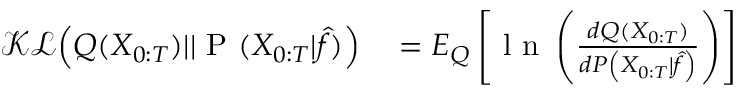
\begin{array} { r l } { \mathcal { K L } \Big ( Q ( X _ { 0 : T } ) | | \mathrm { ~ P ~ } ( X _ { 0 : T } | \hat { f } ) \Big ) } & { { } = E _ { { Q } } \left[ \mathrm { ~ l ~ n ~ } \left( \frac { d { Q } ( X _ { 0 : T } ) } { d { P } \left( X _ { 0 : T } \vert \hat { f } \right) } \right) \right] } \end{array}